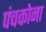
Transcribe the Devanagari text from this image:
पंचकोना